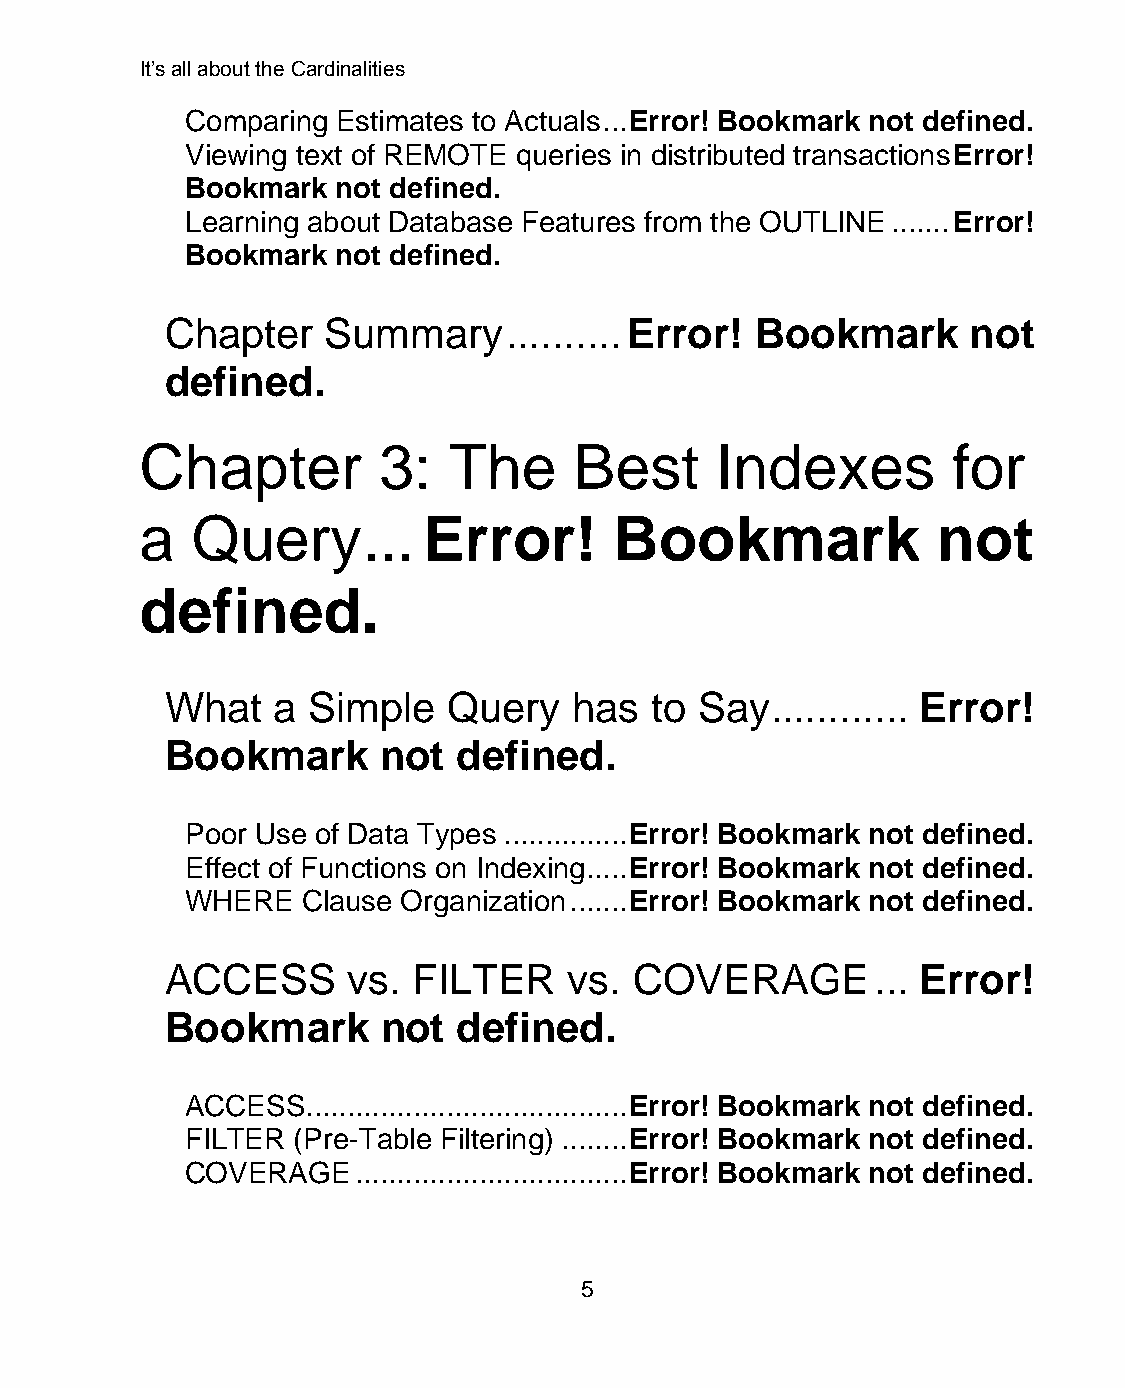
It’s all about the Cardinalities
 Comparing Estimates to Actuals ... Error! Bookmark not defined.
 Viewing text of REMOTE queries in distributed transactions Error!
 Bookmark  not defined.
 Learning about Database Features from the OUTLINE ....... Error!
 Bookmark  not defined.
 Chapter    Summary     .......... Error! Bookmark    not
 defined.
 Chapter         3:   The     Best     Indexes         for
 a   Query      ... Error!       Bookmark             not
 defined.
 What   a Simple    Query   has  to Say  ............ Error!
 Bookmark      not  defined.
 Poor Use of Data Types ............... Error! Bookmark not defined.
 Effect of Functions on Indexing..... Error! Bookmark not defined.
 WHERE   Clause Organization ....... Error! Bookmark not defined.
 ACCESS      vs. FILTER     vs. COVERAGE        ... Error!
 Bookmark      not  defined.
 ACCESS....................................... Error! Bookmark not defined.
 FILTER (Pre-Table Filtering) ........ Error! Bookmark not defined.
 COVERAGE   ................................. Error! Bookmark not defined.
 5